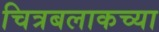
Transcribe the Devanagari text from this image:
चित्रबलाकच्या